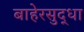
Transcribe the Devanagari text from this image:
बाहेरसुद्धा